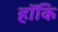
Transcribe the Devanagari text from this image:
हॉकि